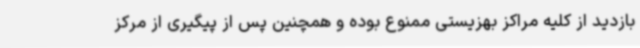
بازدید از کلیه مراکز بهزیستی ممنوع بوده و همچنین پس از پیگیری از مرکز